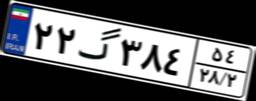
۲۲گ۳۸۴۵۴